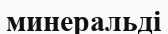
минеральді